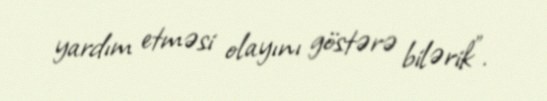
yardım etməsi olayını göstərə bilərik”.